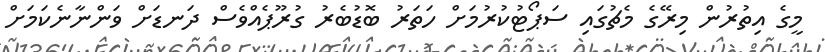
މީގެ އިތުރުން މިރޭގެ މެޗުގައި ސަޕޯޓުކުރުމަށް ހަތަރު ބޮޑުބެރު ގުރޫޕެއްވެސް ދަނޑަށް ވަންނާނެކަމަށް